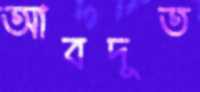
আবদূত